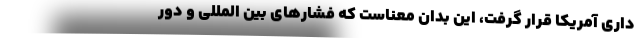
داری آمریکا قرار گرفت، این بدان معناست که فشارهای بین المللی و دور